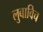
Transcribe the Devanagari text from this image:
लुबाविच